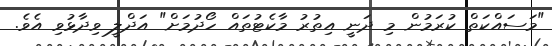
"މަސައްކަތް ކުރަމުން މި ދަނީ އިތުރު މާކެޓުތައް ހޯދުމަށް" އަދްލީ ވިދާޅުވި އެވެ.